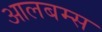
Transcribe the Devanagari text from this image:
आलबम्स